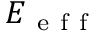
E _ { \mathrm { ~ e ~ f ~ f ~ } }